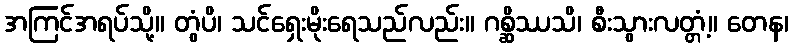
အကြင်အရပ်သို့။ တွံပိ၊ သင်ရှေးမိုးရေသည်လည်း။ ဂစ္ဆိဿသိ၊ စီးသွားလတ္တံ့။ တေန၊